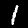
Label: 1